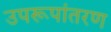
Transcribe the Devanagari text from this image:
उपरूपांतरण